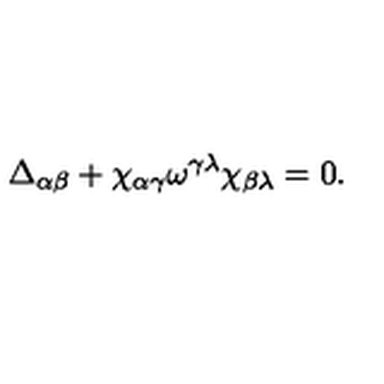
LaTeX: \Delta _ { \alpha \beta } + \chi _ { \alpha \gamma } \omega ^ { \gamma \lambda } \chi _ { \beta \lambda } = 0 .